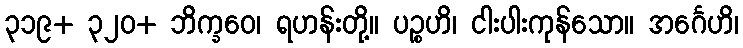
၃၁၉+ ၃၂၀+ ဘိက္ခဝေ၊ ရဟန်းတို့။ ပဉ္စဟိ၊ ငါးပါးကုန်သော။ အင်္ဂေဟိ၊